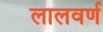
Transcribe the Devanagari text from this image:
लालवर्ण